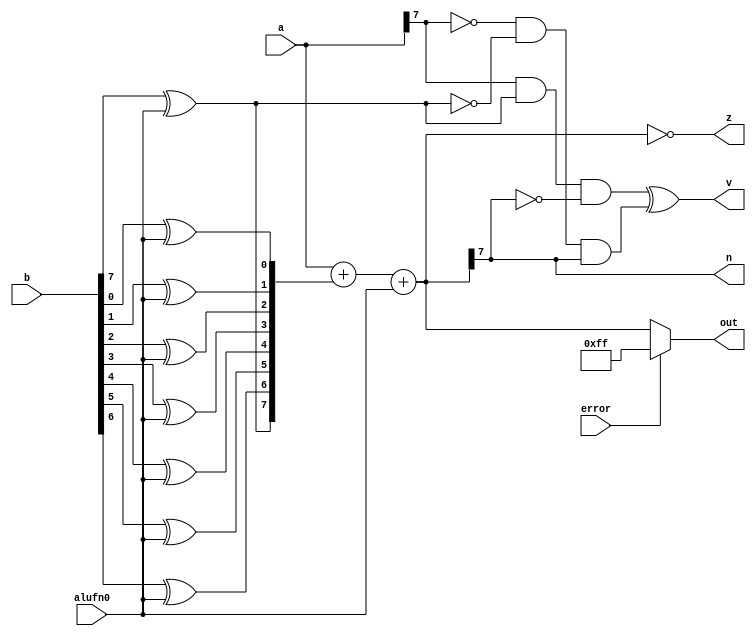
module addSubtract_3 (
    input [7:0] a,
    input [7:0] b,
    input alufn0,
    output reg [7:0] out,
    output reg z,
    output reg v,
    output reg n,
    input error
  );
  
  
  
  reg [7:0] xb;
  
  reg [7:0] s;
  
  integer x;
  
  always @* begin
    for (x = 1'h0; x < 4'h8; x = x + 1) begin
      xb[(x)*1+0-:1] = b[(x)*1+0-:1] ^ alufn0;
    end
    s = a + xb + alufn0;
    out = s;
    z = s == 8'h00;
    n = s[7+0-:1];
    v = (a[7+0-:1] & xb[7+0-:1] & (~s[7+0-:1])) ^ ((~a[7+0-:1]) & (~xb[7+0-:1]) & (s[7+0-:1]));
    if (error) begin
      out = 8'hff;
    end
  end
endmodule